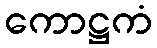
ကောဋ္ဌကံ